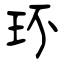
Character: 环